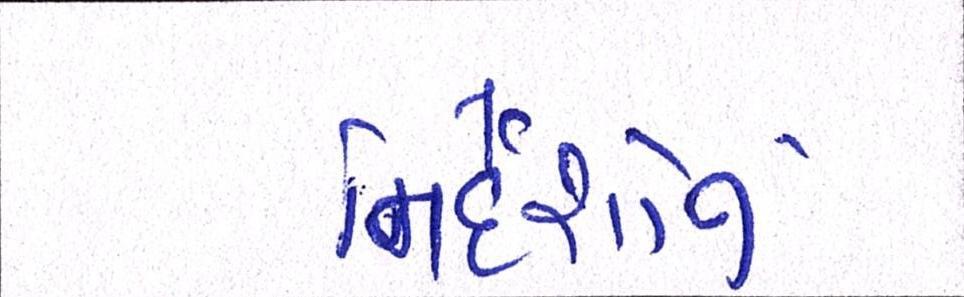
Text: નિર્દેશોનું